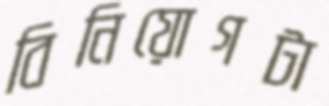
বিনিয়োগটা